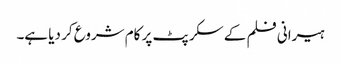
ہیرانی فلم کے سکرپٹ پر کام شروع کر دیا ہے۔